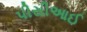
પીસીઆઈ